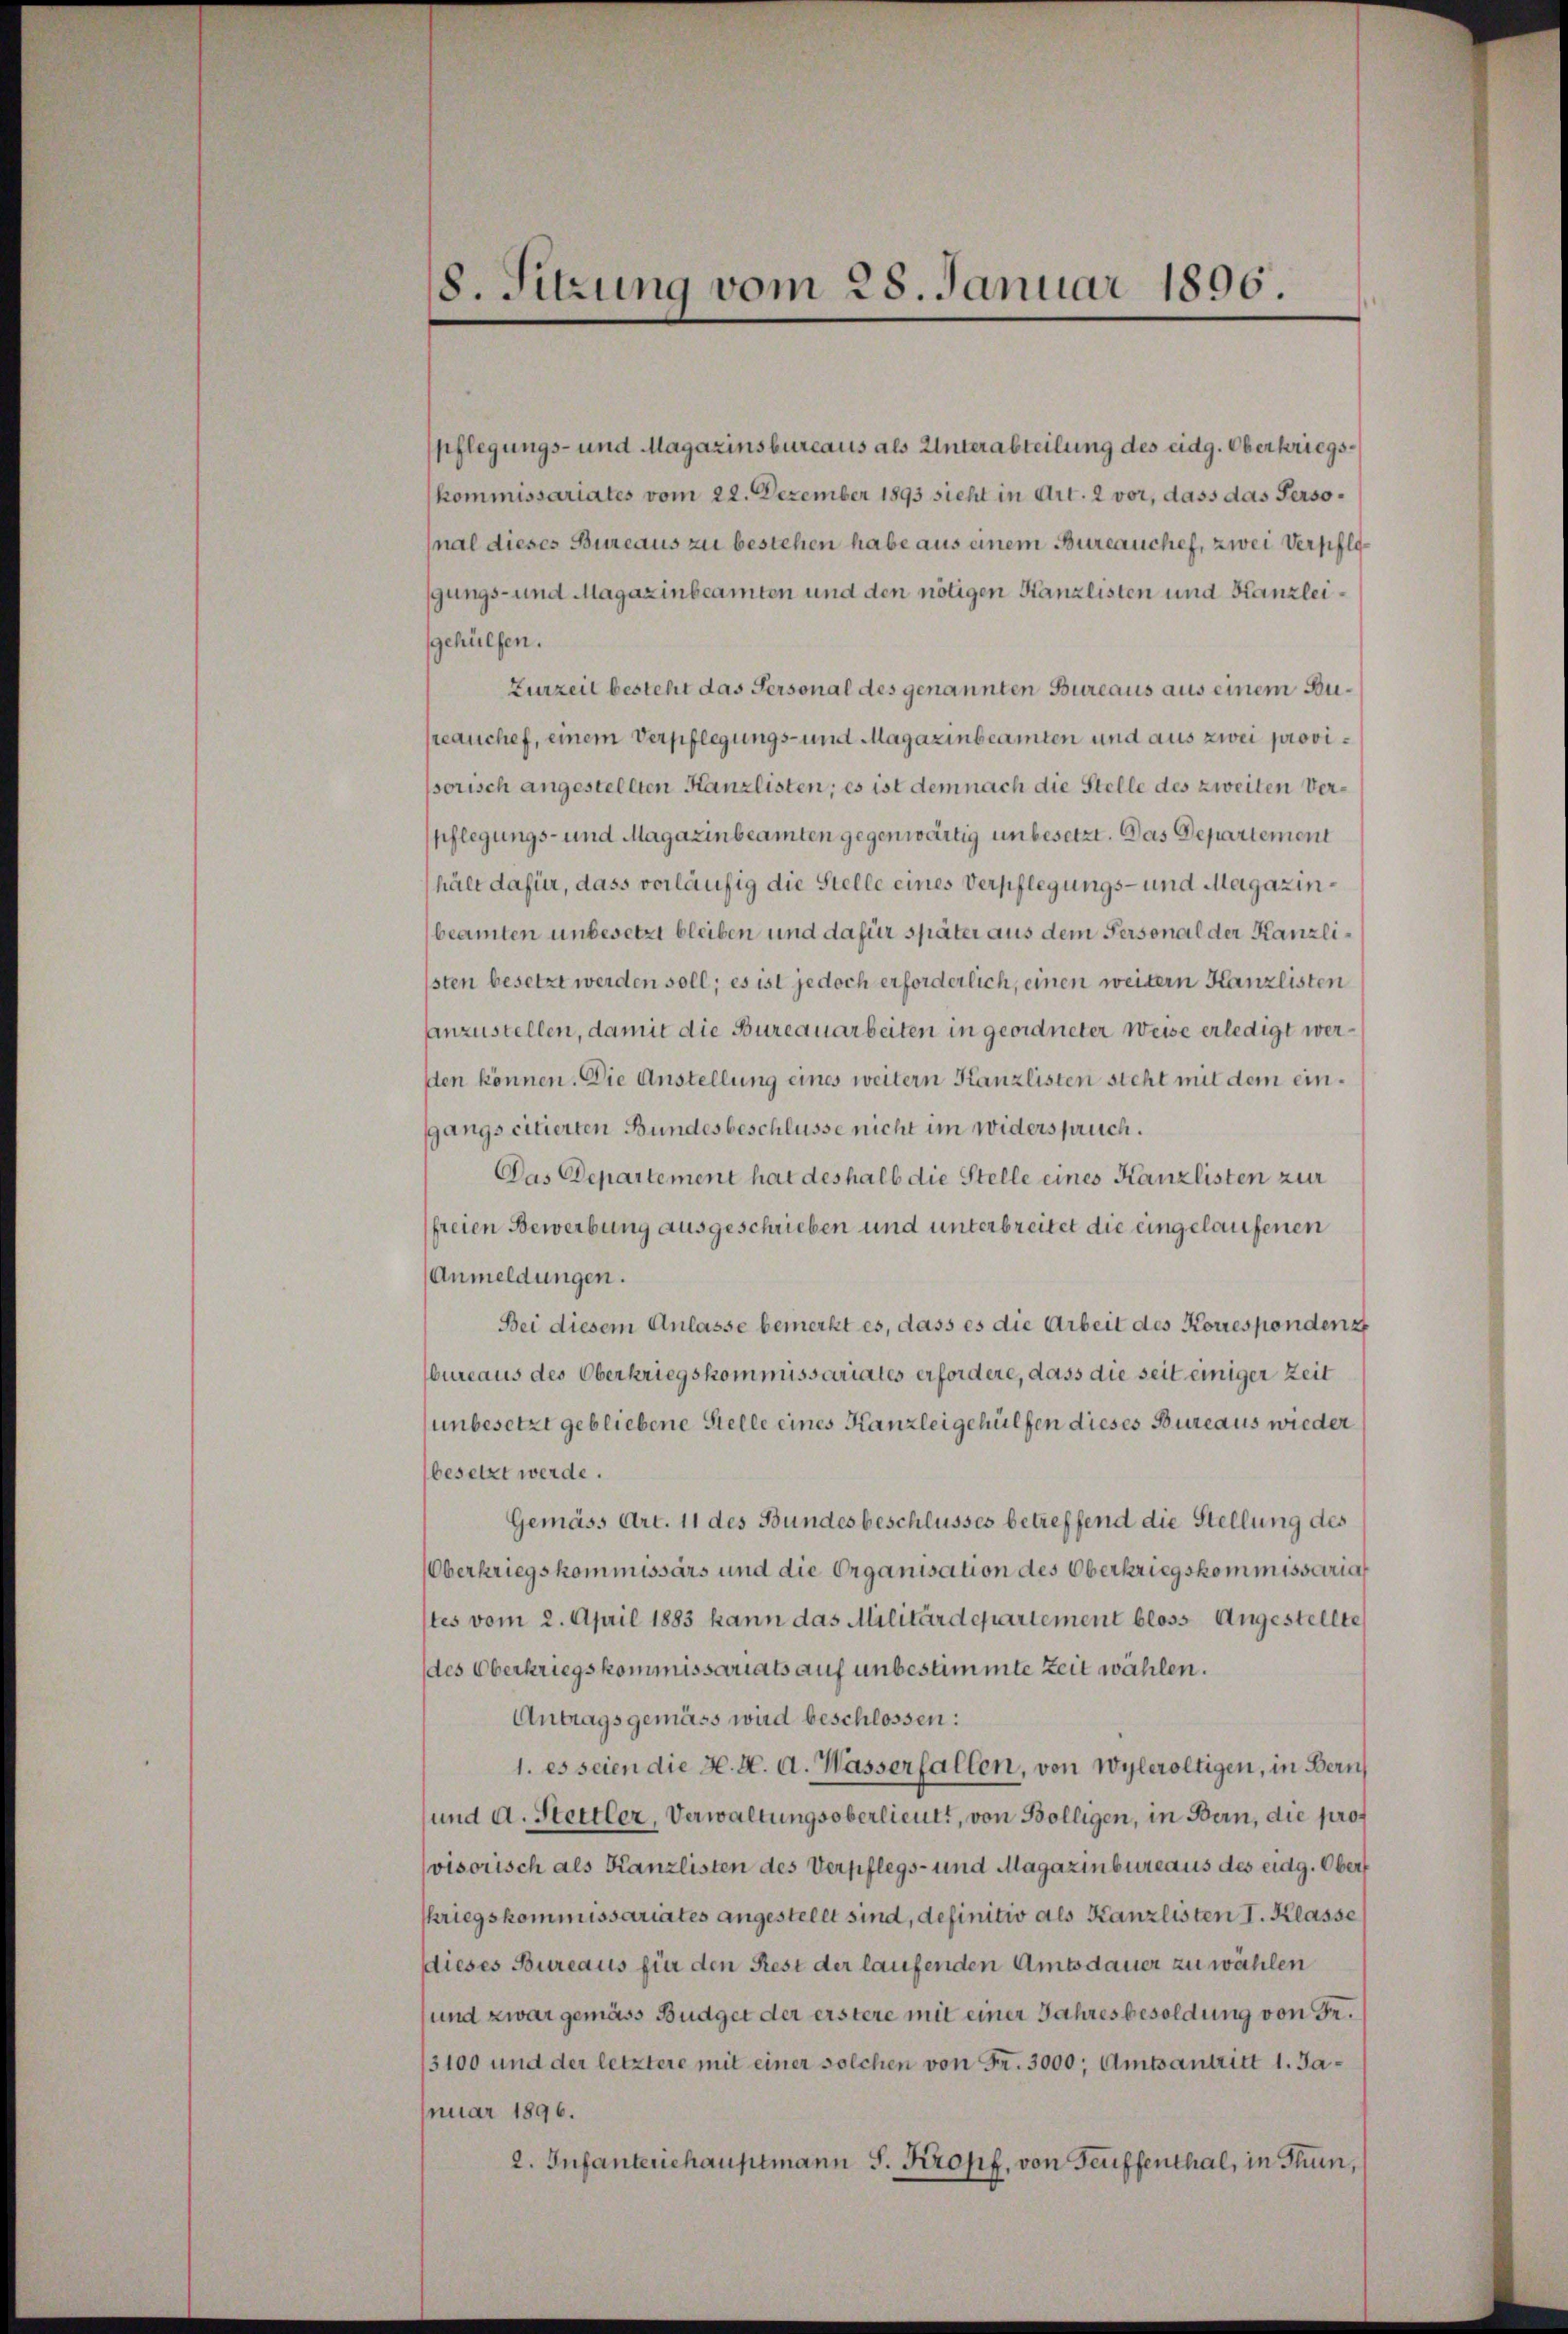
8. Sitzung vom 28. Januar 1896

spflegungs- und Magazinsbureaus als Unterabteilung des eidg. Oberkriegskommissariates vom 22. Dezember 1893 sieht in Art. 2 vor, dass das Personal dieses Bureaus zu bestehen habe aus einem Bureauchef, zwei Verpfligungs- und Magazinbeamten und den nötigen Kanzlisten und Kanzleigehülfen.
Zurzeit besteht das Personal des genannten Bureaus aus einem Aureanchef, einem Verpflegungs- und Magazinbeamten und aus zwei provissorisch angestellten Kanzlisten; es ist demnach die Stelle des zweiten Verpflegungs- und Magazinbeamten gegenwärtig unbesetzt. Das Departement
hält dafür, dass vorläufig die Stelle eines Verpflegungs- und Magazinbeamten unbesetzt bleiben und dafür später aus dem Personal der Kanzlisten besetzt werden soll; es ist jedoch erforderlich, einen weitern Kanzlisten
anzustellen, damit die Bureauarbeiten in geordneter Weise erledigt werden können. Die Anstellung eines weitern Kanzlisten steht mit dem einsgangs citierten Bundesbeschlüsse nicht im widerspruch.
Das Departement hat deshalb die Stelle eines Kanzlisten zur
freien Bewerbung ausgeschrieben und unterbreitet die eingelaufenen
Anmeldungen.
Bei diesem Anlasse bemerkt es, dass es die Arbeit des Korrespondenz
bureaus des Oberkriegskommissariates erfordere, dass die seit einiger Zeit
unbesetzt gebliebene Stelle eines Kanzleigehülfen dieses Bureaus wieder
besetzt werde.
Gemäss Art. 11 des Bundesbeschlusses betreffend die Stellung des
Oberkriegskommissärs und die Organisation des Oberkriegskommissaria
tes vom 2. April 1883 kann das Militärdepartement bloss Angestellte
(des Oberkriegskommissariats auf unbestimmte Zeit wählen.
Antragsgemäss wird beschlossen:
1. es seien die H. K. A. Wasserfallen, von Wyleroltigen, in Bern
und d. Stettler, Verwaltungsoberlieutt, von Bolligen, in Bern, die prof
visorisch als Kanzlisten des Verpflegs- und Magazinbureaus des eidg. Ober
kriegskommissariates angestellt sind, definitiv als Kanzlisten I. Klasse
dieses Bureaus für den Rest der laufenden Amtsdauer zu wählen
und zwar gemäss Budget der erstere mit einer Jahresbesoldung von Se¬
13100 und der letztere mit einer solchen von Fr. 3000; Amtsantritt 1. Januar 1896.
2. Infanteriehauptmann S. Kropf, von Teuffenthal, in Thun,